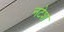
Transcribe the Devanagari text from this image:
नटेश